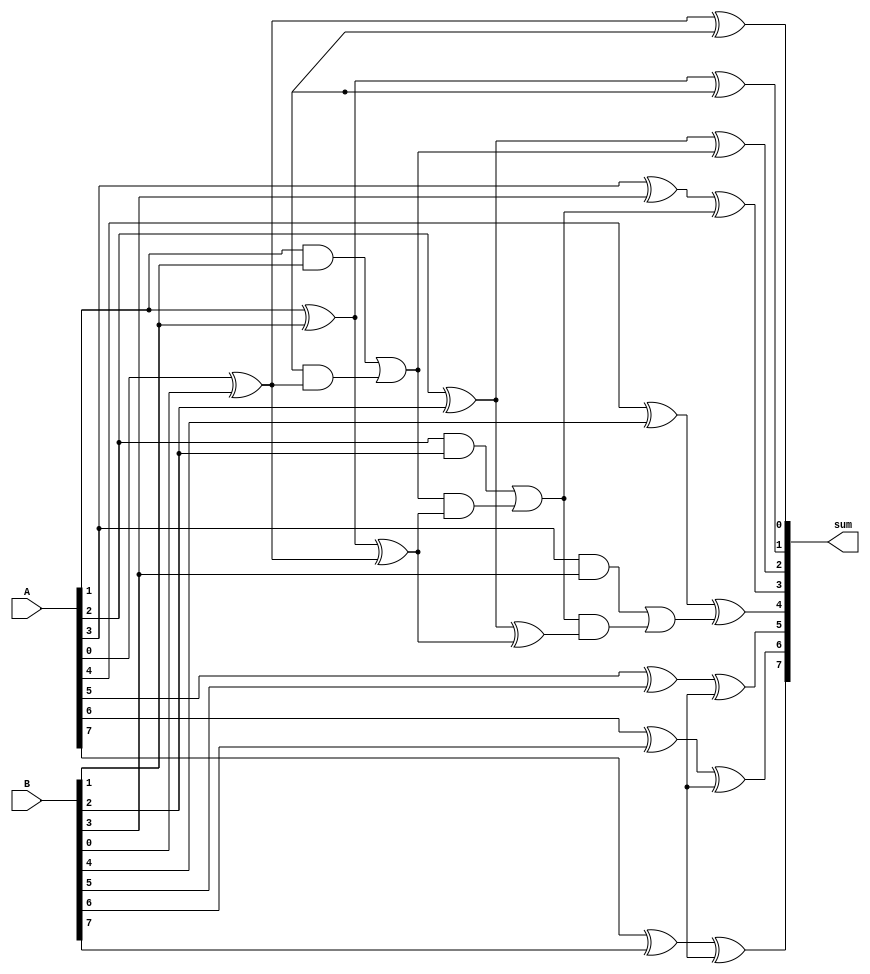
module brent_kung_adder (
    input [7:0] A,
    input [7:0] B,
    output reg [8:0] sum
);

reg [4:0] G, P;
reg [3:0] C;

assign G[0] = A[0] & B[0];
assign P[0] = A[0] ^ B[0];
assign sum[0] = A[0] ^ B[0] ^ C[0];

genvar i;
generate
    for (i = 1; i < 8; i = i + 1) begin
        assign G[i] = (A[i] & B[i]) | (G[i-1] & P[i-1]);
        assign P[i] = A[i] ^ B[i] ^ P[i-1];
        assign sum[i] = A[i] ^ B[i] ^ C[i-1];
        assign C[i] = (A[i] & B[i]) | (C[i-1] & P[i-1]);
    end
endgenerate

endmodule